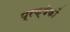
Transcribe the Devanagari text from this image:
प्रक्षेकों